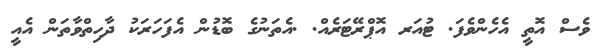
ވެސް އޮތީ އެހެންވެފަ. ޓުއަރ އޮޕްރޭޓަރެއް. .އެތަނުގެ ބޮޑުން އެފަހަރަކު ދާހިތްވާތަން އެއީ